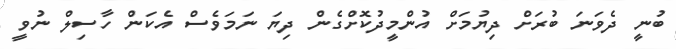
ބުނީ ދެވަނަ ބުރަށް ދިޔުމަށް އުންމީދުކޮށްގެން ދިޔަ ނަމަވެސް އެކަން ހާސިލް ނުވީ